Indian journal of veterinary science and animal husbandry - Volumes 18-21, 1948-1951
Year: 1948
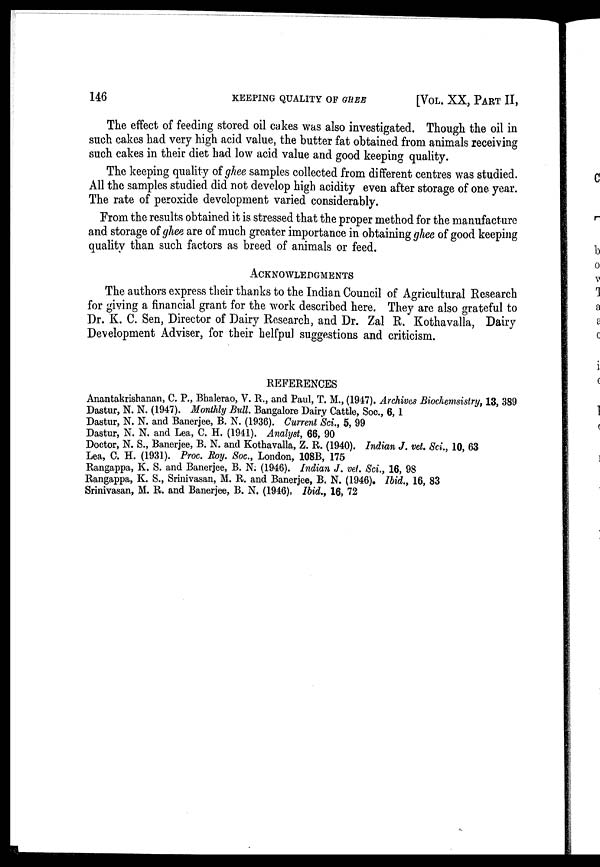
146
KEEPING QUALITY OF GHEE
[VOL. XX, PART II,
The effect of feeding stored oil cakes was also investigated. Though the oil in
such cakes had very high acid value, the butter fat obtained from animals receiving
such cakes in their diet had low acid value and good keeping quality.
The keeping quality of ghee samples collected from different centres was studied.
All the samples studied did not develop high acidity even after storage of one year.
The rate of peroxide development varied considerably.
From the results obtained it is stressed that the proper method for the manufacture
and storage of ghee are of much greater importance in obtaining ghee of good keeping
quality than such factors as breed of animals or feed.
ACKNOWLEDGMENTS
The authors express their thanks to the Indian Council of Agricultural Research
for giving a financial grant for the work described here. They are also grateful to
Dr. K. C. Sen, Director of Dairy Research, and Dr. Zal R. Kothavalla, Dairy
Development Adviser, for their helfpul suggestions and criticism.
REFERENCES
Anantakrishanan, C. P., Bhalerao, V. R., and Paul, T. M., (1947). Archives Biochemsistry, 13, 389
Dastur, N. N. (1947). Monthly Bull. Bangalore Dairy Cattle, Soc., 6, 1
Dastur, N. N. and Banerjee, B. N. (1936). Current Sci., 5, 99
Dastur, N. N. and Lea, C. H. (1941). Analyst, 66, 90
Doctor, N. S., Banerjee, B. N. and Kothavalla, Z. R. (1940). Indian J. vet. Sci., 10, 63
Lea, C. H. (1931). Proc. Roy. Soc., London, 108B, 175
Rangappa, K. S. and Banerjee, B. N. (1946). Indian J. vet. Sci., 16, 98
Rangappa, K. S., Srinivasan, M. R. and Banerjee, B. N. (1946). Ibid., 16, 83
Srinivasan, M. R. and Banerjee, B. N. (1946). Ibid., 16, 72